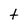
Character: t